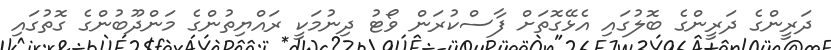
ދަރީންގެ ދަރީންގެ ބޮލުގައި އެޅޭގޮތަށް ފާސްކުރަން ވޯޓު ދިނުމަކީ ރައްޔިތުންގެ މަންދޫބުންގެ ގޮތުގައި